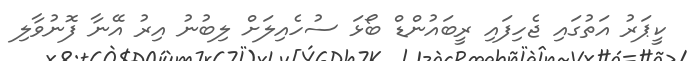
ކީޕަރު އަތުގައި ޖެހިފައި ރީބައުންޑް ބޯޅަ ސުހެއިލަށް ލިބުނު އިރު އޭނާ ފޮނުވާލި